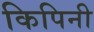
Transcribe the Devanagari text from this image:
किपिनी